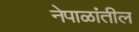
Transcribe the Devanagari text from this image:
नेपाळांतील